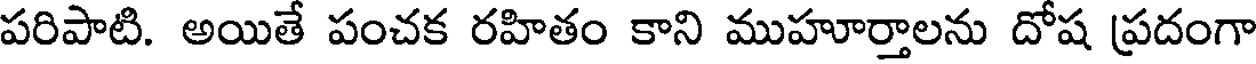
పరిపాటి. అయితే పంచక రహితం కాని ముహూర్తాలను దోష ప్రదంగా